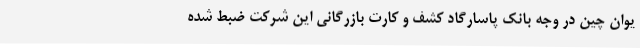
یوان چین در وجه بانک پاسارگاد کشف و کارت بازرگانی این شرکت ضبط شده‌